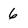
Character: 6